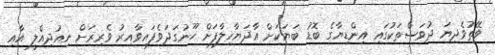
ވޭތުވެދިޔަ ދުވަސްތަކުގައި އިންޑިޔާގެ ބޮޑު ބަޔަކަށް އާދަޔާޚިލާފަށް ހޫނުގަދަވެފައިވާއިރު ވެރިރަށް ނިއުދިއްލީ އާއި